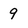
Character: 9